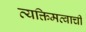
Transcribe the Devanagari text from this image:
व्यक्तिमत्वाची